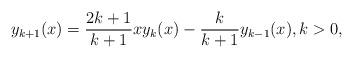
LaTeX: \begin{align*} y_{k+1}(x) = \frac{2k+1}{k+1} x y_k(x) - \frac{k}{k+1} y_{k-1}(x), k>0,\end{align*}